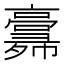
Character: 𢑸